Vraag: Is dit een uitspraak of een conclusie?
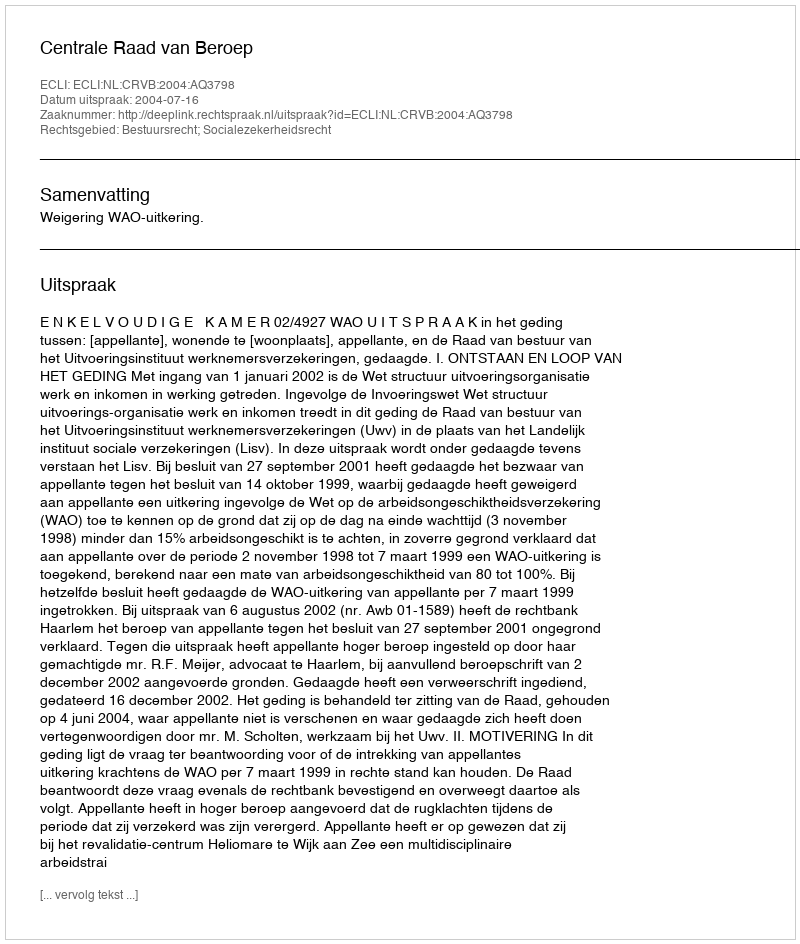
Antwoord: Uitspraak